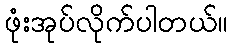
ဖုံးအုပ်လိုက်ပါတယ်။